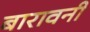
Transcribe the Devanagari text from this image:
बारावनी